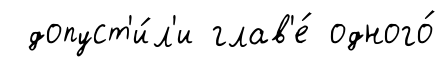
допуст'и́л'и глав'е́ одного́